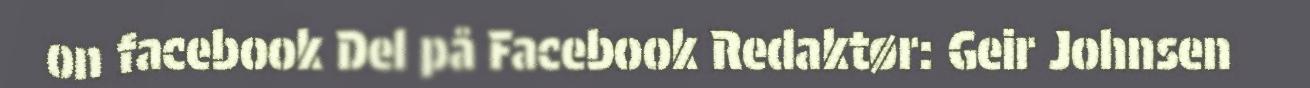
on facebook Del på Facebook Redaktør: Geir Johnsen